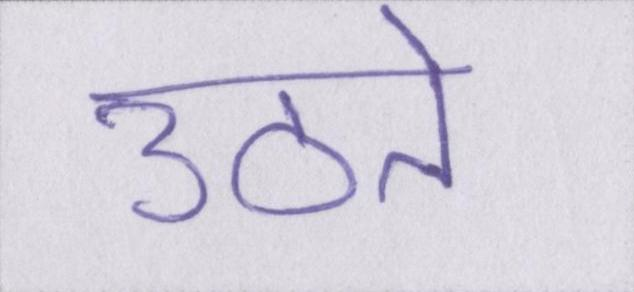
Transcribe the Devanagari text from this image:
उठते